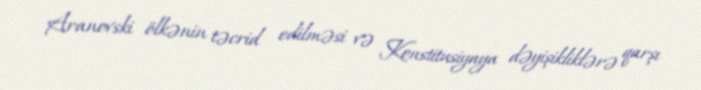
Aranovski ölkənin təcrid edilməsi və Konstitusiyaya dəyişikliklərə qarşı